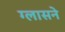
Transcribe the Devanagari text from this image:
ग्लासने